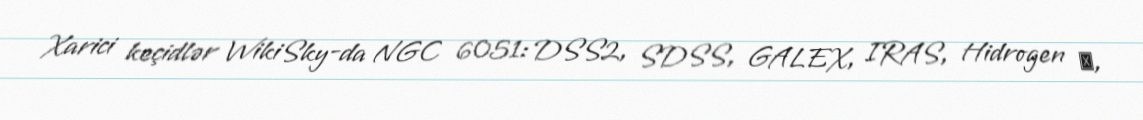
Xarici keçidlər WikiSky-da NGC 6051: DSS2, SDSS, GALEX, IRAS, Hidrogen α,